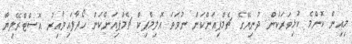
މިއިން ކޮންމެ ކުޅިވަރަކުން ދުނިޔޭގެ ޗެމްޕިއަންކަން ނުވަތަ އޮލިމްޕިކް ޗެމްޕިއަންކަން ހޯދާފައިވާއިރު އޮސްޓްރޭލިޔާ